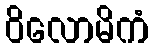
ဝိလောမိကံ